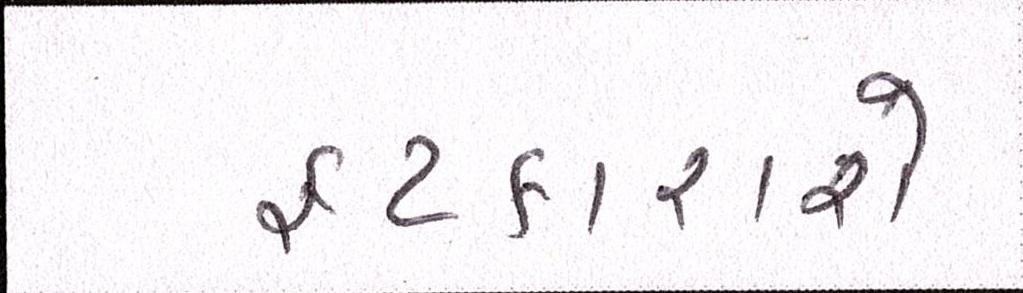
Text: ફટકારાશે